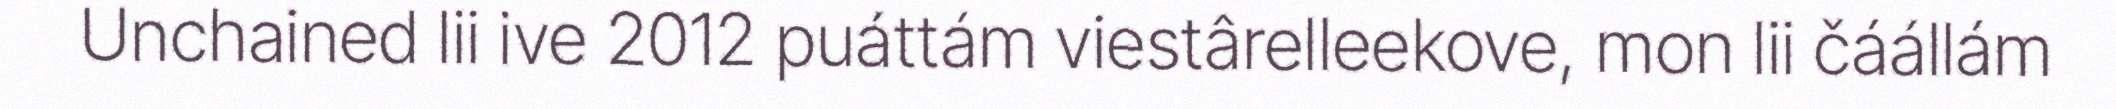
Unchained lii ive 2012 puáttám viestârelleekove, mon lii čáállám